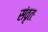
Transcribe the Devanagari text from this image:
संवृतः